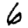
Digit: 6